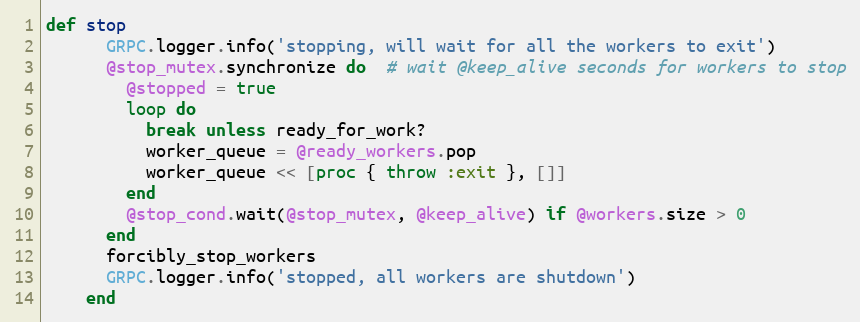
Language: Ruby
def stop
      GRPC.logger.info('stopping, will wait for all the workers to exit')
      @stop_mutex.synchronize do  # wait @keep_alive seconds for workers to stop
        @stopped = true
        loop do
          break unless ready_for_work?
          worker_queue = @ready_workers.pop
          worker_queue << [proc { throw :exit }, []]
        end
        @stop_cond.wait(@stop_mutex, @keep_alive) if @workers.size > 0
      end
      forcibly_stop_workers
      GRPC.logger.info('stopped, all workers are shutdown')
    end